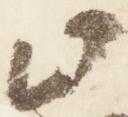
此